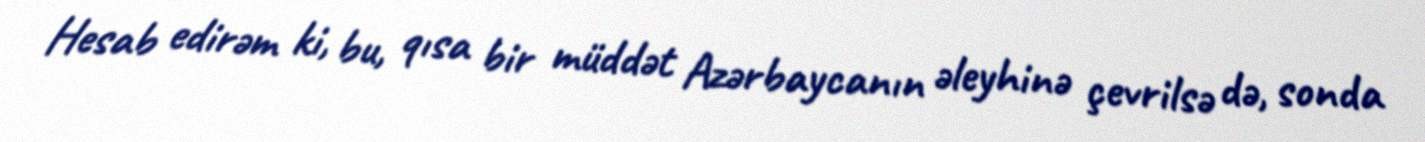
Hesab edirəm ki, bu, qısa bir müddət Azərbaycanın əleyhinə çevrilsə də, sonda